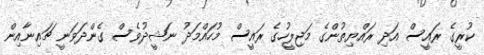
ކުރީގެ ރައީސް އަދި ރައްޔިތުންގެ މަޖިލީހުގެ ރައީސް މުހައްމަދު ނަޝީދުވެސް ގެންދަވަނީ ޗައިނާއިން